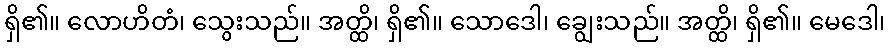
ရှိ၏။ လောဟိတံ၊ သွေးသည်။ အတ္ထိ၊ ရှိ၏။ သောဒေါ၊ ချွေးသည်။ အတ္ထိ၊ ရှိ၏။ မေဒေါ၊